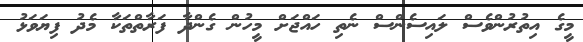
މީގެ އިތުރުންވެސް ލައިސެންސް ނެތި ހައްޖަށް މީހުން ގެންދާ ފަރާތްތަކާ މެދު ފިޔަވަޅު